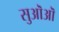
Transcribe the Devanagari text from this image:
सुऒऒ